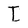
Character: I